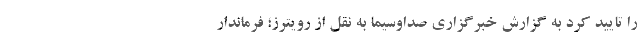
را تاييد کرد به گزارش خبرگزاري صداوسيما به نقل از رویترز؛ فرماندار